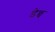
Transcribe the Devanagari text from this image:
डेन्च